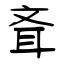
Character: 斊